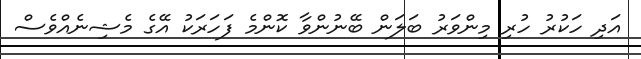
އަދި ހަކުރު ހުރި މިންވަރު ބަލަން ބޭނުންވާ ކޮންމެ ފަހަރަކު އޭގެ މެޝިނެއްވެސް